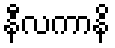
နီလကာနိ